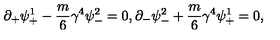
\partial _ { + } \psi _ { + } ^ { 1 } - \frac { m } { 6 } \gamma ^ { 4 } \psi _ { - } ^ { 2 } = 0 , \partial _ { - } \psi _ { - } ^ { 2 } + \frac { m } { 6 } \gamma ^ { 4 } \psi _ { + } ^ { 1 } = 0 ,